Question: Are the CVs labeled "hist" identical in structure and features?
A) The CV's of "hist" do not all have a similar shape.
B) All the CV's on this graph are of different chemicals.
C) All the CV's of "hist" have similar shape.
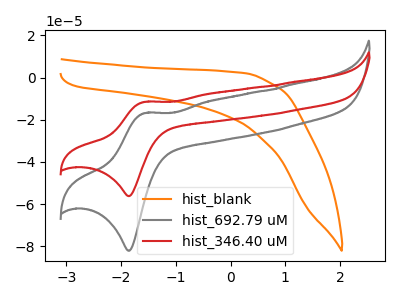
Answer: <think>The orange curve "hist_blank" has no peaks. The gray curve "hist_692.79 uM" has an anodic peak at (-1.55V, -16.80uA) and a cathodic peak at (-1.85V, -82.15uA). The red curve "hist_346.40 uM" has an anodic peak at (-1.55V, -11.50uA) and a cathodic peak at (-1.85V, -56.20uA).
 "hist_blank" and "hist_692.79 uM" have a different number of peaks. "hist_blank" and "hist_346.40 uM" have a different number of peaks. All the peaks in "hist_692.79 uM" have a peak in "hist_346.40 uM" at the same potential.</think>
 <answer>C) All the CV's of "hist" have similar shape.</answer>
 <eval>C</eval>